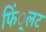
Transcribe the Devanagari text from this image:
फिं्लट